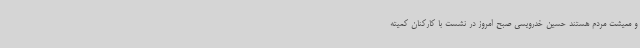
و معیشت مردم هستند حسین خدرویسی صبح امروز در نشست با کارکنان کمیته